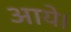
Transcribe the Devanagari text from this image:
अाये।